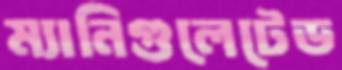
ম্যানিগুলেটেড